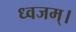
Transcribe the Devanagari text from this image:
ध्वजम्।